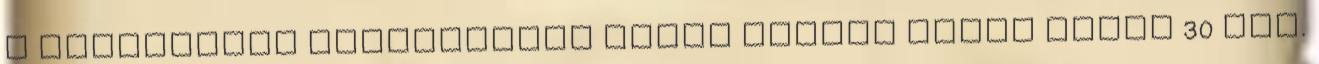
a depresszió kezelésének egyik bevett módja közel 30 éve.